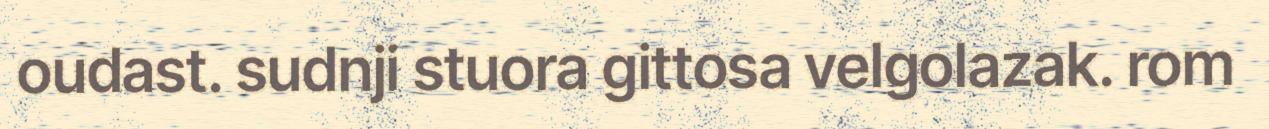
oudast. sudnji stuora gittosa velgolazak. rom